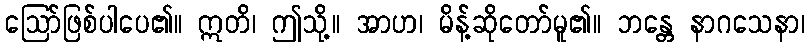
ဩော်ဖြစ်ပါပေ၏။ ဣတိ၊ ဤသို့။ အာဟ၊ မိန့်ဆိုတော်မူ၏။ ဘန္တေ နာဂသေနာ၊